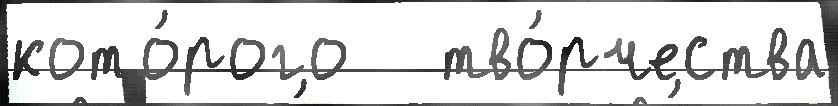
кото́рого   тво́рчества